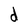
Character: d